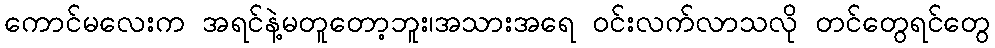
ကောင်မလေးက အရင်နဲ့မတူတော့ဘူး၊အသားအရေ ဝင်းလက်လာသလို တင်တွေရင်တွေ